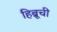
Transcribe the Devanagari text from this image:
हिब्रूची